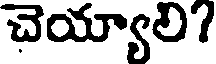
చెయ్యాలి?